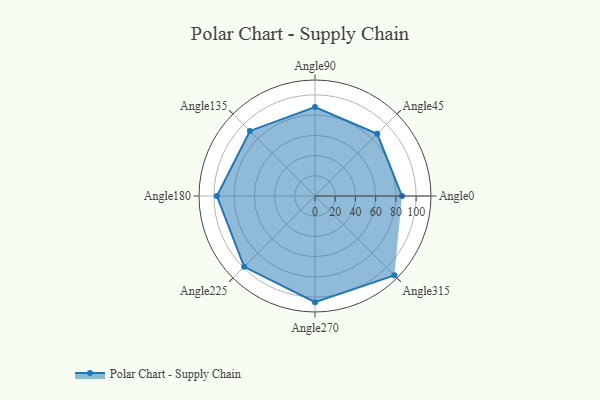
{"axis": {"x": "Angle", "y": "Radius"}, "legend": [""], "data": [{"x": "Angle0", "y": 86.0, "type": ""}, {"x": "Angle45", "y": 87.0, "type": ""}, {"x": "Angle90", "y": 88.0, "type": ""}, {"x": "Angle135", "y": 91.0, "type": ""}, {"x": "Angle180", "y": 97.0, "type": ""}, {"x": "Angle225", "y": 99.0, "type": ""}, {"x": "Angle270", "y": 105.0, "type": ""}, {"x": "Angle315", "y": 111.0, "type": ""}]}